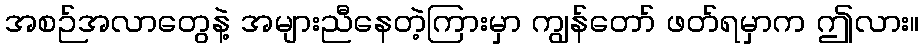
အစဉ်အလာတွေနဲ့ အများညီနေတဲ့ကြားမှာ ကျွန်တော် ဖတ်ရမှာက ဤလား။